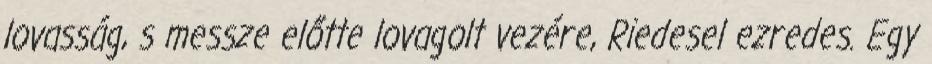
lovasság, s messze előtte lovagolt vezére, Riedesel ezredes. Egy